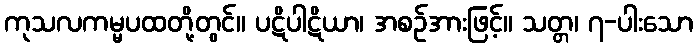
ကုသလကမ္မပထတို့တွင်။ ပဋိပါဋိယာ၊ အစဉ်အားဖြင့်။ သတ္တ၊ ၇-ပါးသော